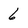
Character: 6